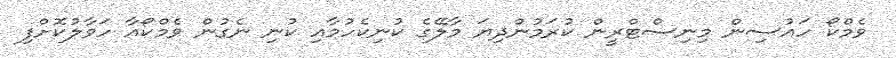
ވެމްކޯ ހައުސިން މިނިސްޓްރީން ކުރަމުންދިޔަ މާލޭގެ ކުނިކެހުމާއި ކުނި ނެގުން ވެމްކޯއާ ހަވާލުކޮށްފި